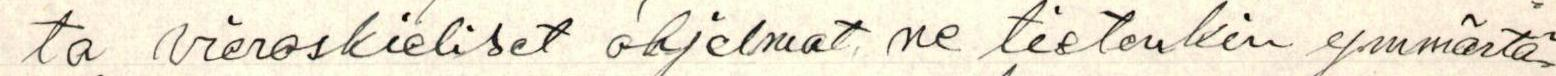
ta vieraskieliset ohjelmat ne tietenkin ymmärtä